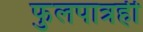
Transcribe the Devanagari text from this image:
फुलपात्रही